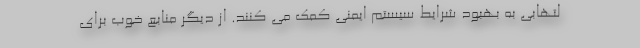
لتهابی به بهبود شرایط سیستم ایمنی کمک می کنند. از دیگر منابع خوب برای